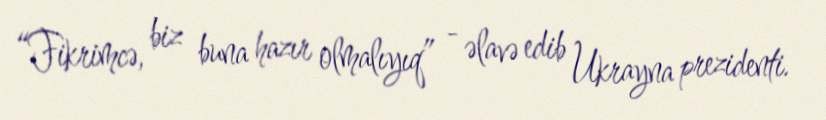
“Fikrimcə, biz buna hazır olmalıyıq” - əlavə edib Ukrayna prezidenti.